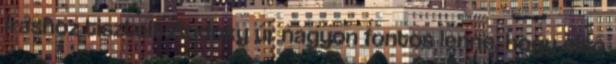
íráshoz tisztelt Bodoky úr nagyon fontos lenne, hogy első